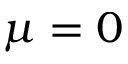
\mu = 0